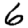
Digit: 6